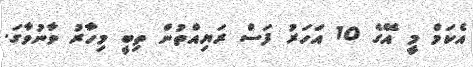
އެކަމް މީ އޭގެ 10 އަހަރު ފަސް ރަޔިއްތުން ތިބީ މިހާރު ވާނުވާގަ.